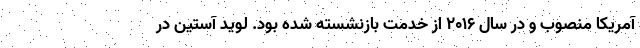
آمریکا منصوب و در سال ۲۰۱۶ از خدمت بازنشسته شده بود. لوید آستین در